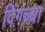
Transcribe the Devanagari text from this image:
विंगच्या